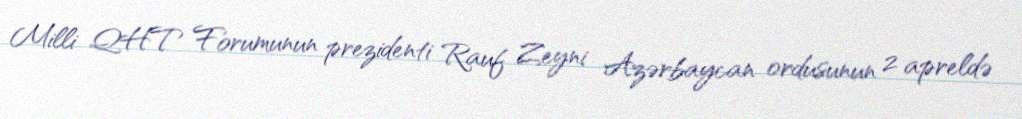
Milli QHT Forumunun prezidenti Rauf Zeyni Azərbaycan ordusunun 2 apreldə